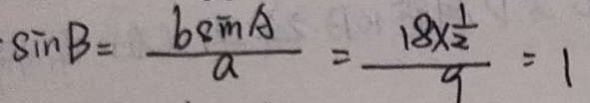
\cdot \sin B = \frac { b \sin A } { a } = \frac { 1 8 \times \frac { 1 } { 2 } } { 9 } = 1